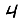
Digit: 4